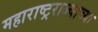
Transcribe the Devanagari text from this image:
महाराष्ट्रराज्याच्या